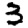
Digit: 3